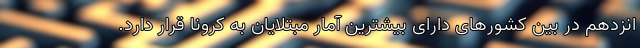
انزدهم در بین کشورهای دارای بیشترین آمار مبتلایان به کرونا قرار دارد.